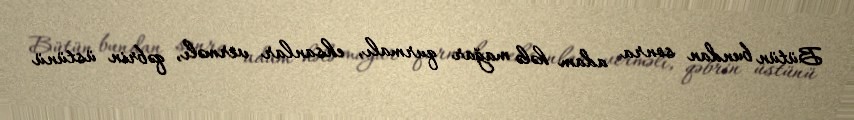
Bütün bundan sonra adam hələ mağar qurmalı, ehsanlar verməlı, qəbrin üstünü